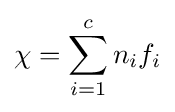
\mathbf {\chi } =\sum _{i=1}^{c}n_{i}f_{i}